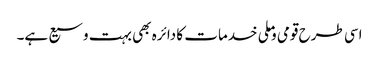
اسی طرح قومی وملی خدمات کا دائرہ بھی بہت وسیع ہے۔